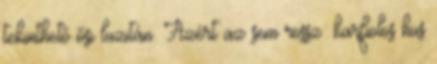
tekinthető ősi luzitán. Azért az sem rossz: karfiolos hus